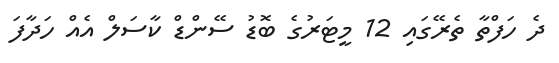
ދެ ހަފްތާ ތެރޭގައި 12 މީޓަރުގެ ބޮޑު ސޭންޑް ކާސަލް އެއް ހަދާފަ